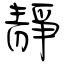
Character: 靜